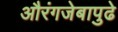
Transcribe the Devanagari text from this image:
औरंगजेबापुढे